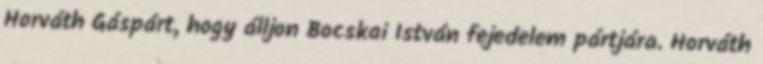
Horváth Gáspárt, hogy álljon Bocskai István fejedelem pártjára. Horváth